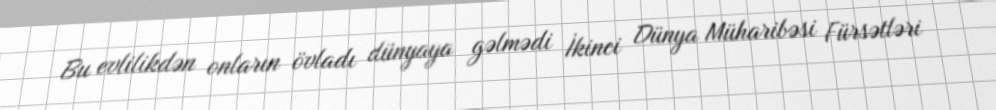
Bu evlilikdən onların övladı dünyaya gəlmədi İkinci Dünya Müharibəsi Fürsətləri